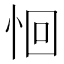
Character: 恛